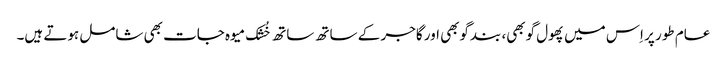
عام طور پر اِس میں پھول گوبھی، بندگوبھی اور گاجر کے ساتھ ساتھ خُشک میوہ جات بھی شامل ہوتے ہیں۔